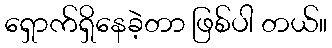
ရှောက်ရှိနေခဲ့တာ ဖြစ်ပါ တယ်။